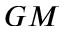
_ { G M }